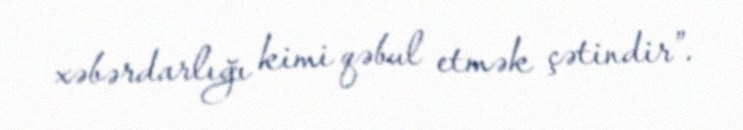
xəbərdarlığı kimi qəbul etmək çətindir”.